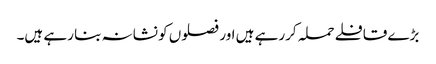
بڑے قافلے حملہ کررہے ہیں اور فصلوں کو نشانہ بنا رہے ہیں۔